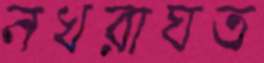
নখরাঘত